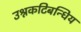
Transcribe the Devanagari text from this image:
उश्नकटिबन्धिय